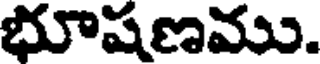
భూషణము.